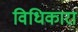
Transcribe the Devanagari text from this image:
विधिकारा